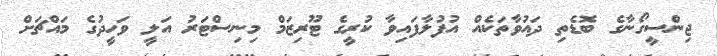
ޖިންސީގޯނާގެ ބޮޑެތި ދައުވާތަކެއް އުފުލާފައިވާ ކުރީގެ ޓޫރިޒަމް މިނިސްޓަރު އަލީ ވަހީދުގެ މައްޗަށް